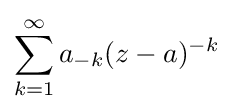
\sum _{k=1}^{\infty }a_{-k}(z-a)^{-k}